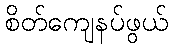
စိတ်ကျေနပ်ဖွယ်